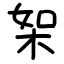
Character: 桇